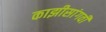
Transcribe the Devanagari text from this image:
काझीसांगवी